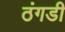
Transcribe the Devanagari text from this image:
ठंगडी